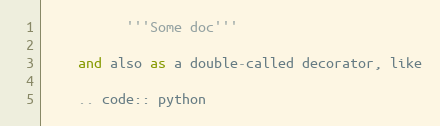
Language: Python
          '''Some doc'''

    and also as a double-called decorator, like

    .. code:: python